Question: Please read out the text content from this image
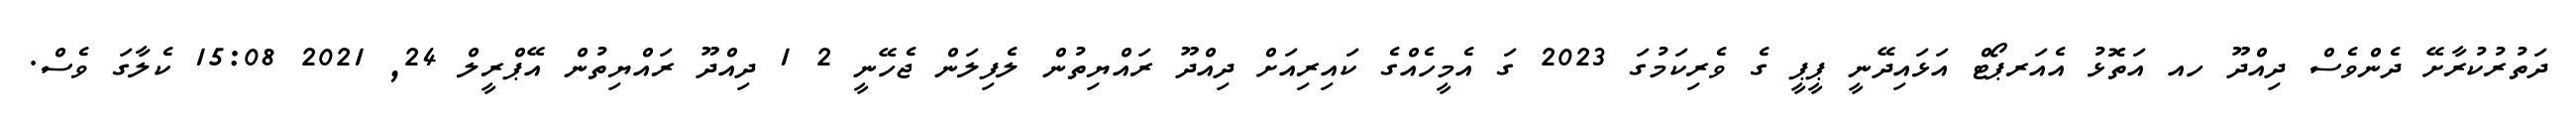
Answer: ދަތުރުކުރާށޭ ދެންވެސް ދިއްދޫ ހއ އަތޮޅު އެއަރޕޯޓް އަޅައިދޭނީ ޕީޕީ ގެ ވެރިކަމުގަ 2023 ގަ އެމީހެއްގެ ކައިރިއަށް ދިއްދޫ ރައްޔިތުން ލެފިލަން ޖެހޭނީ 2 1 ދިއްދޫ ރައްޔިތުން އޭޕްރީލް 24, 2021 15:08 ކެލާގަ ވެސް.